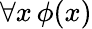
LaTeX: \forall x\, \phi(x)